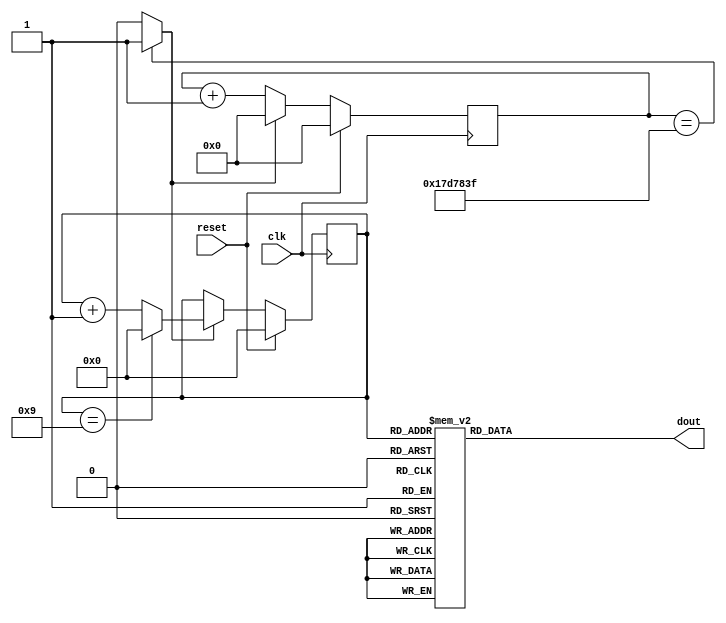
module sec_10(input clk, input reset, output [7:0] dout);
	reg [24:0] cnt;
	wire en1hz = (cnt==25'd24999999) ? 1'b1 : 1'b0;
	
	reg [7:0] odat;
	
	assign dout = odat;
	
	always @(posedge clk) begin
		if(reset)
			cnt <= 26'b0;
		else if (en1hz)
			cnt <= 26'b0;
		else
			cnt <= cnt + 26'b1;
	end
	
	reg [3:0] sec;
	always @(posedge clk) begin
		if(reset)
			sec <= 4'h0;
		else if (en1hz)
			if (sec==4'h9)
				sec <= 4'h0;
			else
				sec <= sec+4'h1;
	end
	
	always @* begin
		case(sec)
			4'h0: odat = 8'b11000000;
			4'h1: odat = 8'b11111001;
			4'h2: odat = 8'b10100100;
			4'h3: odat = 8'b10110000;
			4'h4: odat = 8'b10011001;
			4'h5: odat = 8'b10010010;
			4'h6: odat = 8'b10000010;
			4'h7: odat = 8'b11011000;
			4'h8: odat = 8'b10000000;
			4'h9: odat = 8'b10010000;
			default: odat = 8'b11111111;
			
		endcase
	end
	
endmodule